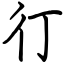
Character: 㣔